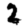
Digit: 2